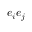
e _ { i } e _ { j }